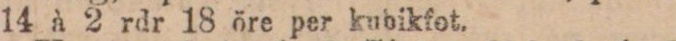
14 à 2 rdr 18 öre per kubikfot.